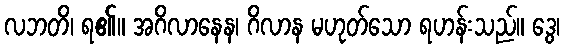
လဘတိ၊ ရ၏။ အဂိလာနေန၊ ဂိလာန မဟုတ်သော ရဟန်းသည်။ ဒွေ၊